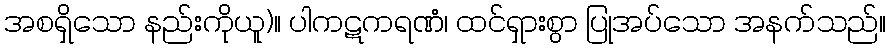
အစရှိသော နည်းကိုယူ)။ ပါကဋကရဏံ၊ ထင်ရှားစွာ ပြုအပ်သော အနက်သည်။